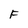
Character: F